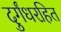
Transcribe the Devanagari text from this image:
दुर्गंधरहित